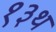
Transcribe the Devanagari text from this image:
१३थ